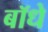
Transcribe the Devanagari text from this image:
बॉधे